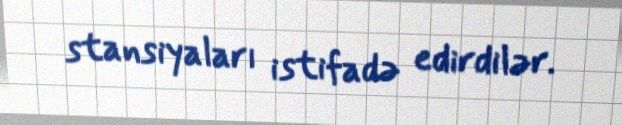
stansiyaları istifadə edirdilər.